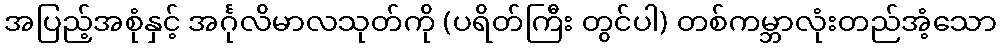
အပြည့်အစုံနှင့် အင်္ဂုလိမာလသုတ်ကို (ပရိတ်ကြီး တွင်ပါ) တစ်ကမ္ဘာလုံးတည်အံ့သော